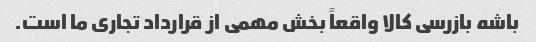
باشه بازرسی کالا واقعاً بخش مهمی از قرارداد تجاری ما است.